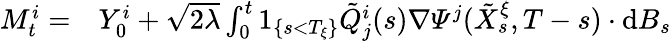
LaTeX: \begin{array}{rl}{M_{t}^{i}=}&{{}Y_{0}^{i}+\sqrt{2\lambda}\int_{0}^{t}1_{\{ s<T_{\xi}\} }\tilde{Q}_{j}^{i}(s)\nabla\varPsi^{j}(\tilde{X}_{s}^{\xi},T-s)\cdot\mathrm{d}B_{s}}\end{array}